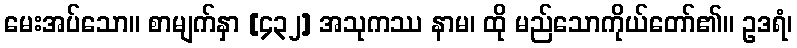
မေးအပ်သော။ စာမျက်နှာ [၄၃၂] အသုကဿ နာမ၊ ထို မည်သောကိုယ်တော်၏။ ဥဒရံ၊